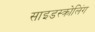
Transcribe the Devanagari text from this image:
साइडस्क्रोलिंग